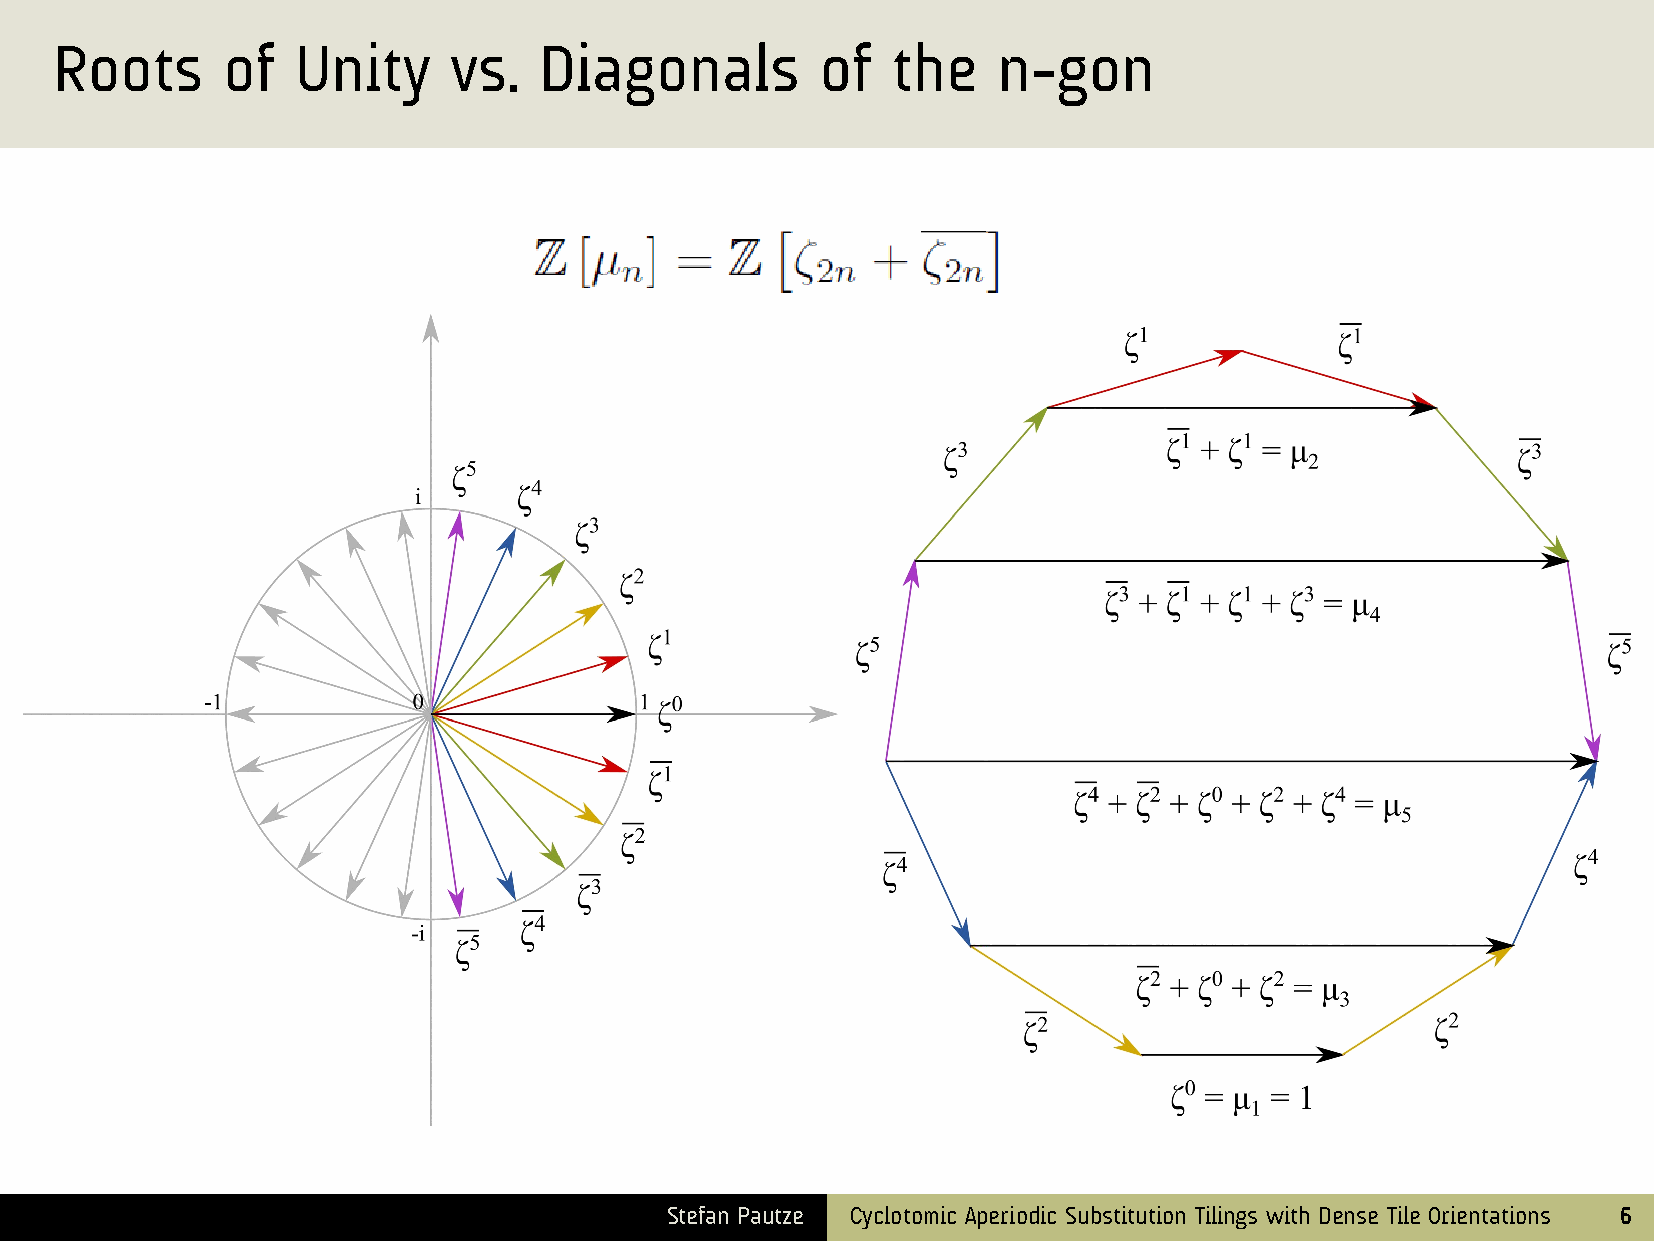
Roots      of   Unity     vs.   Diagonals         of   the    n-gon
 Stefan Pautze Cyclotomic Aperiodic Substitution Tilings with Dense Tile Orientations 6